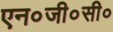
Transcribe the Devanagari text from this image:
एन०जी०सी०